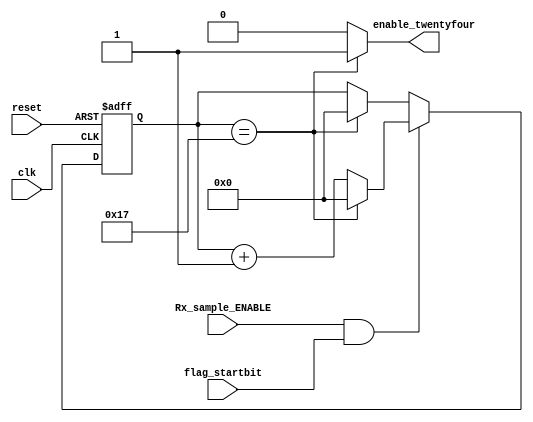
//The 24 counter counting from thr fisrt startbit until the middle of the fisrt data

module twentyfour_counter(clk,reset,Rx_sample_ENABLE,flag_startbit,enable_twentyfour);

input clk,reset,Rx_sample_ENABLE;
input flag_startbit;

output reg enable_twentyfour;
reg [4:0] twentyfour_counter; //5bit counter used for counting until 24 when start to Data 0


//this is the counter counting 24times of Rx_Sample_ENABLE 
always@(posedge clk or posedge reset)
begin
  if(reset)
  begin
    twentyfour_counter<=0;
  end
  else if (Rx_sample_ENABLE && flag_startbit) //the counter starts counting only when the Start_bit has come
  begin
    twentyfour_counter<=(twentyfour_counter=='d23)?0:twentyfour_counter+1;
  end
  else
  begin
    twentyfour_counter<=(twentyfour_counter=='d23)?0:twentyfour_counter; //stay the same if Rx_sample enable has not come 
  end
   
end

//when counter reaches 23 enable_twentyfour siganl is 1
always@(twentyfour_counter)
begin
  if(twentyfour_counter=='d23) 
    enable_twentyfour=1'b1;
  else
    enable_twentyfour=1'b0;
end

endmodule